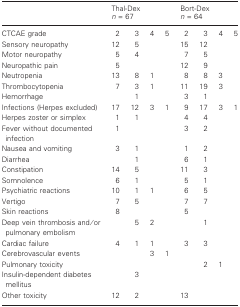
|  | <COLSPAN=4> Thal-Dex n = 67 | <COLSPAN=4> Bort-Dex n = 64 |
 | --- | --- | --- | --- | --- | --- | --- | --- | --- |
 | CTCAE grade | 2 | 3 | 4 | 5 | 2 | 3 | 4 | 5 |
 | Sensory neuropathy | 12 | 5 |  |  | 15 | 12 |  |  |
 | Motor neuropathy | 5 | 4 |  |  | 7 | 5 |  |  |
 | Neuropathic pain | 5 |  |  |  | 12 | 9 |  |  |
 | Neutropenia | 13 | 8 | 1 |  | 8 | 8 | 3 |  |
 | Thrombocytopenia | 7 | 3 | 1 |  | 11 | 19 | 3 |  |
 | Hemorrhage |  | 1 |  |  | 3 | 1 |  |  |
 | Infections (Herpes excluded) | 17 | 12 | 3 | 1 | 9 | 17 | 3 | 1 |
 | Herpes zoster or simplex | 1 | 1 |  |  | 4 | 4 |  |  |
 | Fever without documented infection | 1 |  |  |  | 3 | 2 |  |  |
 | Nausea and vomiting | 3 | 1 |  |  | 1 | 2 |  |  |
 | Diarrhea |  | 1 |  |  | 6 | 1 |  |  |
 | Constipation | 14 | 5 |  |  | 11 | 3 |  |  |
 | Somnolence | 6 | 1 |  |  | 5 | 1 |  |  |
 | Psychiatric reactions | 10 | 1 | 1 |  | 6 | 5 |  |  |
 | Vertigo | 7 | 5 |  |  | 7 | 7 |  |  |
 | Skin reactions | 8 |  |  |  | 5 |  |  |  |
 | Deep vein thrombosis and/or pulmonary embolism |  | 5 | 2 |  |  | 1 |  |  |
 | Cardiac failure | 4 | 1 | 1 |  | 3 | 3 |  |  |
 | Cerebrovascular events |  |  | 3 | 1 |  |  |  |  |
 | Pulmonary toxicity |  |  |  |  |  | 2 | 1 |  |
 | Insulin-dependent diabetes mellitus |  | 3 |  |  |  |  |  |  |
 | Other toxicity | 12 | 2 |  |  | 13 |  |  |  |